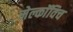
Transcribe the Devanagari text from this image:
मेल्काॅविच